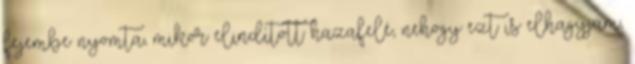
fejembe nyomta, mikor elindított hazafelé, nehogy ezt is elhagyjam,